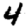
Digit: 4